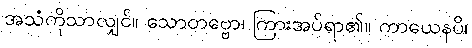
အသံကိုသာလျှင်။ သောတဗ္ဗော၊ ကြားအပ်ရာ၏။ ကာယေနပိ၊